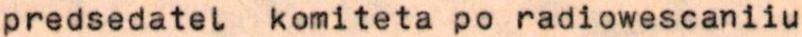
predsedatel komiteta po radiowescaniiu